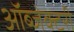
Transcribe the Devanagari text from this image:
ऑब्जेक्टरी